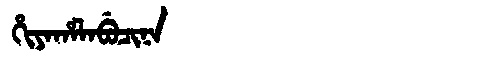
Manchu: ᡥᡳᠶᠠᡥᠠᠯᠠᠪᡠᠴᡳᠨᠠ
Romanization: HIYAHALABUCINA